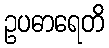
ဥပဓာရေတိ